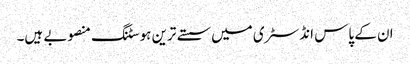
ان کے پاس انڈسٹری میں سستے ترین ہوسٹنگ منصوبے ہیں۔